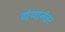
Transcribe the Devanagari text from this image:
ग्रंथानंतर